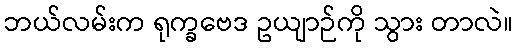
ဘယ်လမ်းက ရုက္ခဗေဒ ဥယျာဉ်ကို သွား တာလဲ။